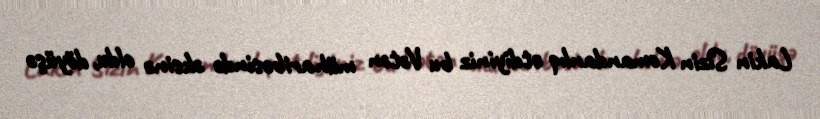
Lakin Sizin Komandanlıq etdiyiniz bu Vətən müharibəsində əksinə oldu, döyüşə